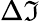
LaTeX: \Delta\mathfrak{I}